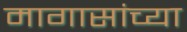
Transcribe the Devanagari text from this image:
मागासांच्या